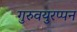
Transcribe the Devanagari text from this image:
गुरुवयुरप्पन